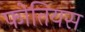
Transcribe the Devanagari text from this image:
फोतियस